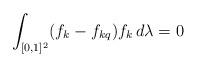
LaTeX: \begin{align*}\int_{[0,1]^2} (f_k - f_{kq}) f_k \, d\lambda = 0\end{align*}